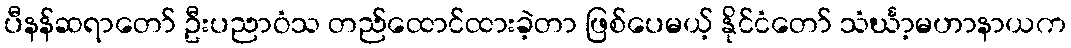
ပီနန်ဆရာတော် ဦးပညာဝံသ တည်ထောင်ထားခဲ့တာ ဖြစ်ပေမယ့် နိုင်ငံတော် သံင်္ဃာ့မဟာနာယက